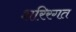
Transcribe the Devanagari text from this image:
शरिरगत